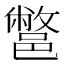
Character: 鄨